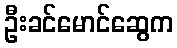
ဦးခင်မောင်ဆွေက